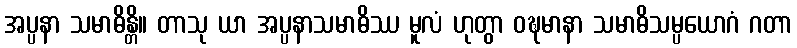
အပ္ပနာ သမာဓိန္တိ။ တာသု ယာ အပ္ပနာသမာဓိဿ မူလံ ဟုတွာ ဝဍ္ဎမာနာ သမာဓိသမ္ပယောဂံ ဂတာ